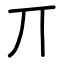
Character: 丌